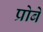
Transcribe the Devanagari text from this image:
प्रोबे